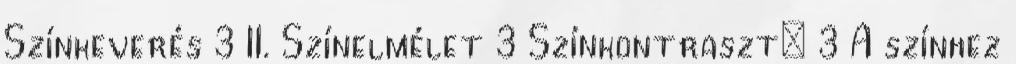
Színkeverés 3 II. Színelmélet 3 Színkontraszt: 3 A színhez